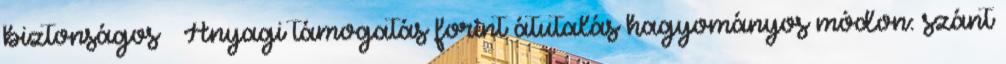
biztonságos Anyagi támogatás forint átutalás hagyományos módon: szánt